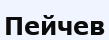
Пейчев